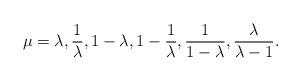
LaTeX: \begin{align*}\mu = \lambda, \frac{1}{\lambda},1-\lambda, 1-\frac{1}{\lambda}, \frac{1}{1-\lambda}, \frac{\lambda}{\lambda-1}.\end{align*}